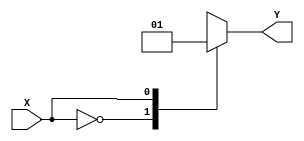
module behavioral_case_statement (
    input wire X,
    output reg Y
);

always @(*) begin
    case(X)
        2'b00: Y <= 1'b0; // Y is assigned 0 if X is 00
        2'b01: Y <= 1'b1; // Y is assigned 1 if X is 01
        2'b10: Y <= 1'b0; // Y is assigned 0 if X is 10
        2'b11: Y <= 1'b0; // Y is assigned 0 if X is 11
        default: Y <= 1'bz; // Y is assigned high-impedance if no case matches
    endcase
end

endmodule